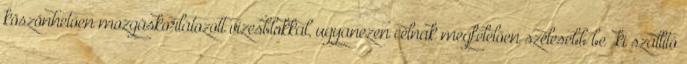
köszönhetően mozgáskorlátozott vizesblokkal, ugyanezen célnak megfelelően szélesebb be ki szállító